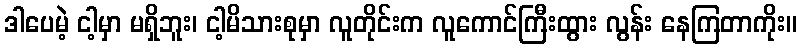
ဒါပေမဲ့ ငါ့မှာ မရှိဘူး၊ ငါ့မိသားစုမှာ လူတိုင်းက လူကောင်ကြီးထွား လွန်း နေကြတာကိုး။